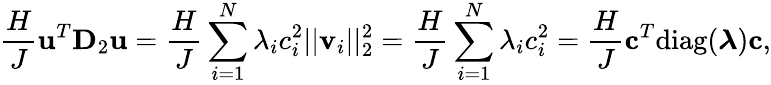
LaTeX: \frac{H}{J}\mathbf{u}^{T}\mathbf{D}_{2}\mathbf{u}=\frac{H}{J}\sum_{i=1}^{N}\lambda_{i}c_{i}^{2}||\mathbf{v}_{i}||_{2}^{2}=\frac{H}{J}\sum_{i=1}^{N}\lambda_{i}c_{i}^{2}=\frac{H}{J}\mathbf{c}^{T}\mathrm{diag}(\boldsymbol{\lambda})\mathbf{c},